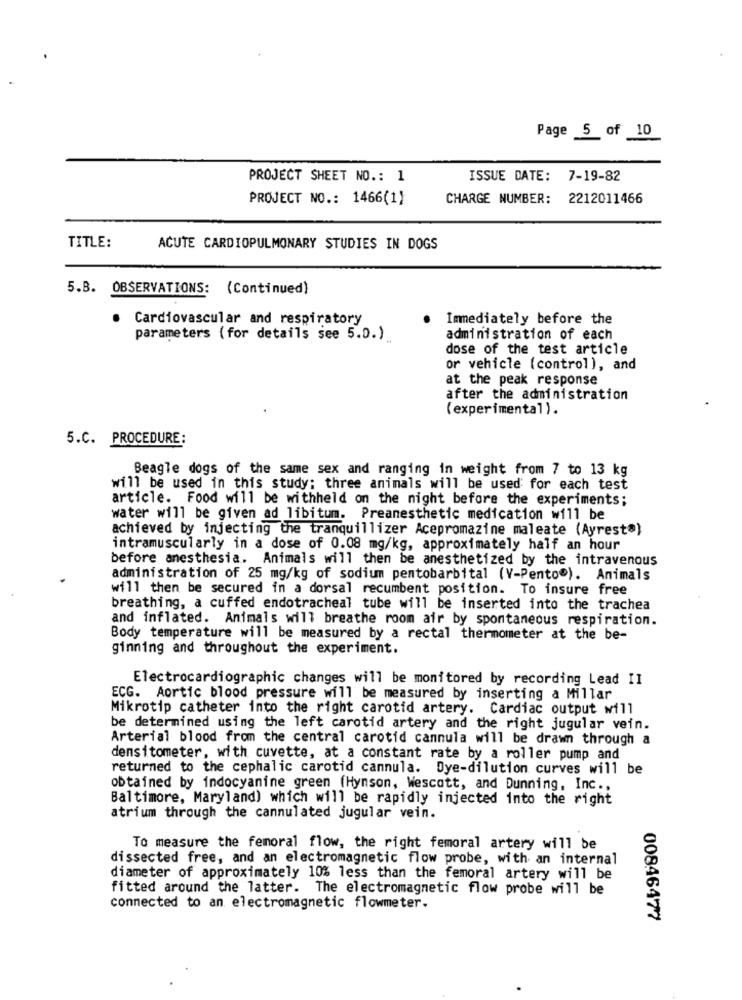
Page 5 of 10
PROJECT SHEET NO .: 1
ISSUE DATE: 7-19-82
PROJECT NO .: 1466(1)
CHARGE NUMBER: 2212011466
TITLE:
ACUTE CARDIOPULMONARY STUDIES IN DOGS
5.B. OBSERVATIONS: (Continued)
Cardiovascular and respiratory
Immediately before the
parameters (for details see 5.0.)
administration of each
dose of the test article
or vehicle (control), and
at the peak response
after the administration
(experimental ).
5.C. PROCEDURE:
Beagle dogs of the same sex and ranging in weight from 7 to 13 kg
will be used in this study: three animals will be used for each test
article. Food will be withheld on the night before the experiments;
water will be given ad libitum. Preanesthetic medication will be
achieved by injecting the tranquillizer Acepromazine maleate (Ayresta)
intramuscularly in a dose of 0.08 mg/kg, approximately half an hour
before anesthesia. Animals will then be anesthetized by the intravenous
administration of 25 mg/kg of sodium pentobarbital (V-Pento"). Animals
will then be secured in a dorsal recumbent position. To insure free
breathing, a cuffed endotracheal tube will be inserted into the trachea
and inflated. Animals will breathe room air by spontaneous respiration.
Body temperature will be measured by a rectal thermometer at the be-
ginning and throughout the experiment.
Electrocardiogramc changes will be monitored by recording Lead II
ECG. Aortic blood pressure will be measured by inserting a Millar
Mikrotip catheter into the right carotid artery. Cardiac output will
be determined using the left carotid artery and the right jugular vein.
Arterial blood from the central carotid cannula will be drawn through a
densitometer, with cuvette, at a constant rate by a roller pump and
returned to the cephalic carotid cannula. Dye-dilution curves will be
obtained by indocyanine green (Hynson, Wescott, and Dunning, Inc .,
Baltimore, Maryland) which will be rapidly injected into the right
atrium through the cannulated jugular vein.
To measure the femoral flow, the right femoral artery will be
dissected free, and an electromagnetic flow probe, with an internal
diameter of approximately 10% less than the femoral artery will be
fitted around the latter. The electromagnetic flow probe will be
connected to an electromagnetic flowmeter.
00846477